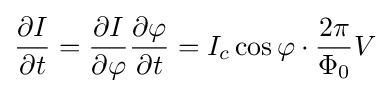
{\frac {\partial I}{\partial t}}={\frac {\partial I}{\partial \varphi }}{\frac {\partial \varphi }{\partial t}}=I_{c}\cos \varphi \cdot {\frac {2\pi }{\Phi _{0}}}V